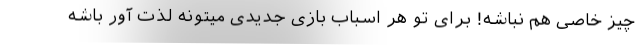
چیز خاصی هم نباشه! برای تو هر اسباب بازی جدیدی میتونه لذت آور باشه